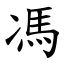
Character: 馮